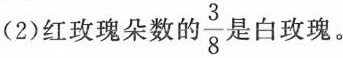
(2)红玫瑰朵数的\frac{3}{8}是白玫瑰。